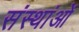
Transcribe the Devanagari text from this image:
संस्थांओं